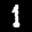
Label: 1